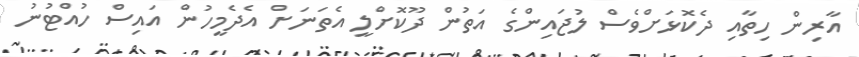
އާރިން ހިތާއި ދެކޮޅަށްވެސް ލުޖައިންގެ އަތުން ދޫކޮށްލީ އެތަނަށް އެދެމީހުން އައިސް ހުއްޓުނު